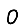
Digit: 0